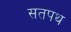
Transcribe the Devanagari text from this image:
सतपथ